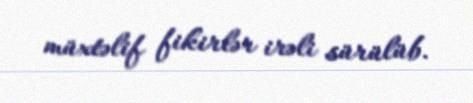
müxtəlif fikirlər irəli sürülüb.